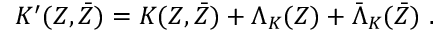
K ^ { \prime } ( Z , \bar { Z } ) = K ( Z , \bar { Z } ) + \Lambda _ { K } ( Z ) + \bar { \Lambda } _ { K } ( \bar { Z } ) \ .